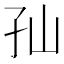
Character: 𱙵